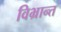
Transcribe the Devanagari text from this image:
विभ्रान्त